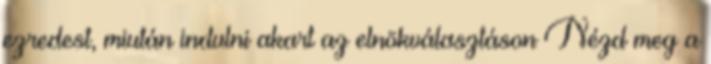
ezredest, miután indulni akart az elnökválasztáson Nézd meg a